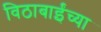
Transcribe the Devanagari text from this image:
विठाबाईंच्या